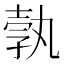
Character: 𭐓